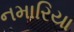
નમારિયા